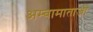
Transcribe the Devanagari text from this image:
अम्बामाताजी